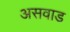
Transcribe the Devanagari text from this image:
असवाड